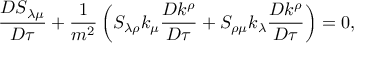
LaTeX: { \frac { D S _ { \lambda \mu } } { D \tau } } + { \frac { 1 } { m ^ { 2 } } } \left( S _ { \lambda \rho } k _ { \mu } { \frac { D k ^ { \rho } } { D \tau } } + S _ { \rho \mu } k _ { \lambda } { \frac { D k ^ { \rho } } { D \tau } } \right) = 0 ,